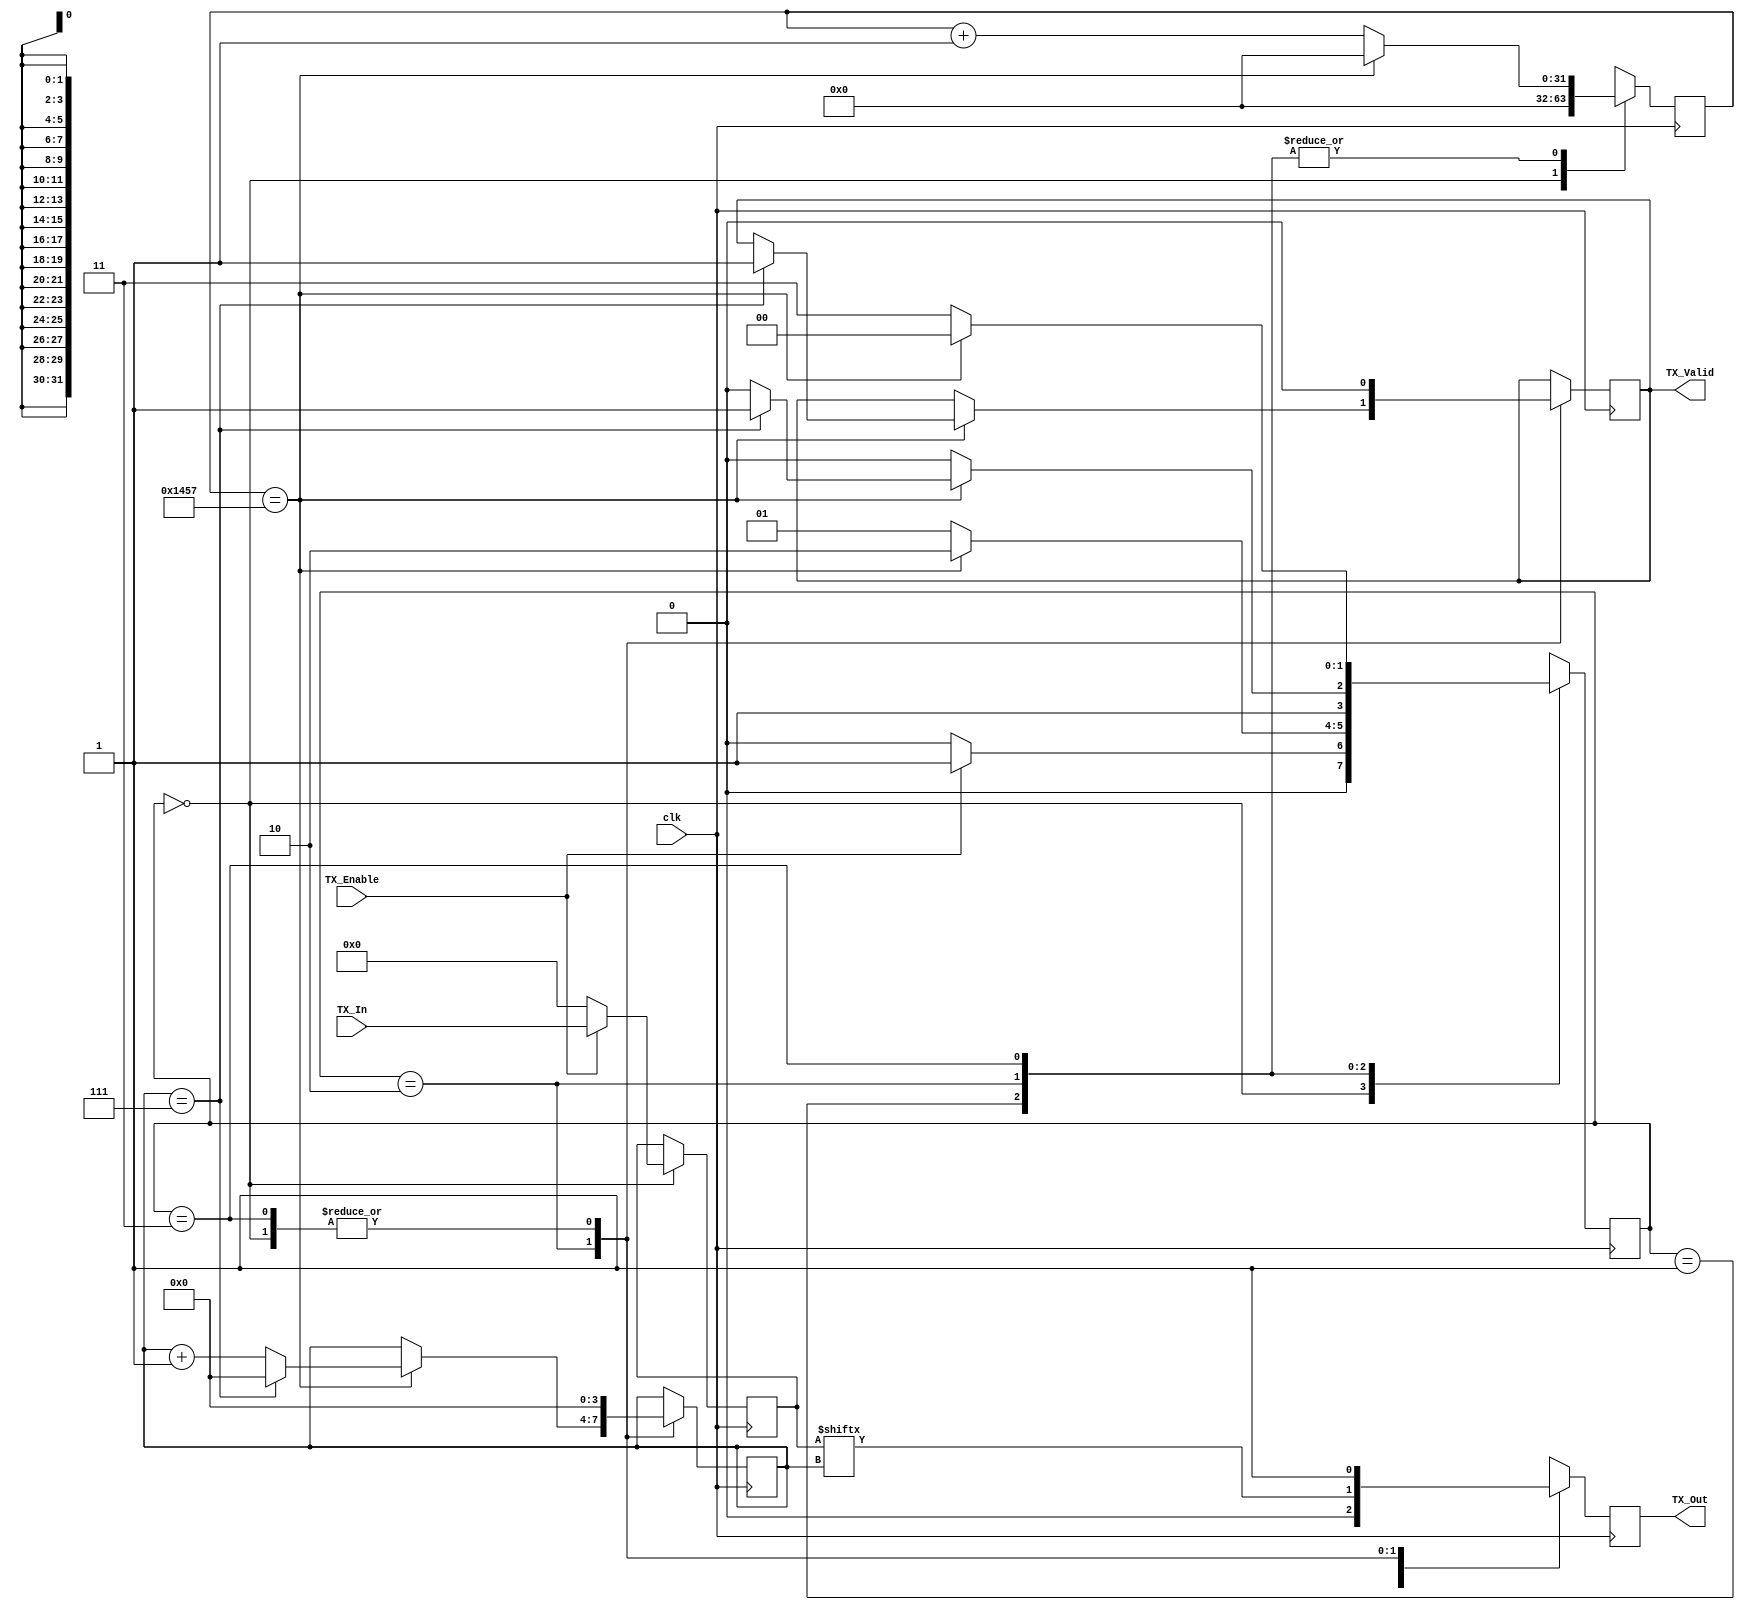
`timescale 1ns / 1ps
//////////////////////////////////////////////////////////////////////////////////
// Company: 
// Engineer: 
// 
// Design Name: 
// Module Name: UART_TX
// Project Name: 
// Target Devices: 
// Tool Versions: 
// Description: 
// 
// Dependencies: 
// 
// Revision:
// Revision 0.01 - File Created
// Additional Comments:
// 
///////////////////////////////////////////////////////////////////////////////////////////////////////////////////////////////////////////////////

///////////////////////////////////////////////
// Module                                    //
///////////////////////////////////////////////

module UART_TX(
    clk,        // Input: Clock
    TX_In,      // Input: Data Register for Byte Transmission
    TX_Enable,  // Input: Transmission Enable Signal
    TX_Out,     // Output: Serial Bus Output
    TX_Valid    // Output: Data Valid Signal for Transmission
);

///////////////////////////////////////////////////////////////////////////////////////////////////////////////////////////////////////////////////

///////////////////////////////////////////////
// State Parameter Definitions               //
///////////////////////////////////////////////

parameter IDLE      = 0;   // Idle state between transactions
parameter START_BIT = 1;   // Start bit
parameter DATA_BIT  = 2;   // Transmission data
parameter STOP_BIT  = 3;   // Stop bit

///////////////////////////////////////////////////////////////////////////////////////////////////////////////////////////////////////////////////

///////////////////////////////////////////////
// Clocking Parameter Definitions            //
///////////////////////////////////////////////

parameter SYS_clk_FREQUENCY = 50000000;     // System Clock Frequency
parameter BAUD_RATE         = 9600;         // UART Baud Rate
parameter clkS_PER_BIT      = 5208;         // Clock Cycles per Bit-Length  = (System Clock Frequency)/(UART Baud Rate)

///////////////////////////////////////////////////////////////////////////////////////////////////////////////////////////////////////////////////

///////////////////////////////////////////////
// I/O                                       //
///////////////////////////////////////////////

// Inputs
input clk;              // Clock signal
input [7:0] TX_In;      // Input data
input TX_Enable;        // Input enable

// Outputs
output reg TX_Out;      // Serial Tx Output
output reg TX_Valid;     // Transmisstion Completion Signal (Active-high)

///////////////////////////////////////////////////////////////////////////////////////////////////////////////////////////////////////////////////

///////////////////////////////////////////////
// Registers                                 //
///////////////////////////////////////////////

// Index/Counter Registers
reg [31:0] clk_count;       // Counter for clock cycles within a single bit transmission
reg [3:0] TX_data_index;    // Index of current bit transmitted

// State Registers
reg [7:0] TX_Data;          // Data register for TX data
reg [1:0] state;            // Current State of FSM

///////////////////////////////////////////////////////////////////////////////////////////////////////////////////////////////////////////////////

///////////////////////////////////////////////
// FSM                                       //
///////////////////////////////////////////////

always @ (posedge clk)
begin
    case (state)
///////////////////////////////////////////////////////////////////////////////////////////////////////////////////////////////////////////////////
        IDLE: 
            begin
            TX_Out <= 1'b1;         // Default high transmission bus
            TX_Valid <= 1'b0;       // Data-valid signal is low
            clk_count <= 3'd0;      // Clock count is 0
            TX_data_index <= 3'd0;  // Transmission index is 0
            // Check for transmission enable
            if (TX_Enable == 1'b1) 
                begin                
                state <= START_BIT; 
                TX_Data <= TX_In;   // Load input data into temporary register
                end
            else
                begin
                state <= IDLE;
                TX_Data <= 8'd0;
                end
            end
///////////////////////////////////////////////////////////////////////////////////////////////////////////////////////////////////////////////////
        START_BIT: 
            // Send the start bit
            begin
            TX_Out <= 1'b0;
            // If the start bit has been sent for one bit length
            if (clk_count == clkS_PER_BIT-1)
                begin
                clk_count <= 0;
                state <= DATA_BIT;
                end
            // If the start bit has not been sent for one bit length
            else
                begin
                clk_count <= clk_count + 1;
                state <= START_BIT;
                end
            end
///////////////////////////////////////////////////////////////////////////////////////////////////////////////////////////////////////////////////
        DATA_BIT: 
            // Send 8 data bits
            begin
            TX_Out <= TX_Data[TX_data_index];
            // If a bit has been transmitted for one bit length
            if (clk_count == clkS_PER_BIT-1)
                begin
                clk_count <= 0;
                // If all 8 bits have been sent
                if (TX_data_index == 4'd7)
                    begin
                    TX_data_index <= 4'd0;
                    state <= STOP_BIT;                    
                    TX_Valid <= 1'b1;        // Active-high signal is high
                    end
                // If less than 8 bits have been sent
                else
                    begin                        
                    TX_data_index <= TX_data_index + 1;
                    state <= DATA_BIT;
                    end
                end
            else
                begin
                clk_count <= clk_count + 1;
                state <= DATA_BIT;
                end
            end
///////////////////////////////////////////////////////////////////////////////////////////////////////////////////////////////////////////////////
        STOP_BIT: 
            // Send stop bit            
            begin
            TX_Valid <= 1'b0;       // Data-valid signal is low
            TX_Out <= 1'b1;         // Default high bus
            TX_data_index <= 3'd0;  // Transmission index is 0
            // If the stop bit has been sent for one bit length
            if (clk_count == clkS_PER_BIT-1)
                begin
                clk_count <= 0;
                state <= IDLE;                
                end
            // If the start bit has not been sent for one bit length
            else
                begin
                clk_count <= clk_count + 1;
                state <= STOP_BIT;
                end
            end
///////////////////////////////////////////////////////////////////////////////////////////////////////////////////////////////////////////////////
        default: state <= IDLE; 
    endcase
end

///////////////////////////////////////////////////////////////////////////////////////////////////////////////////////////////////////////////////

endmodule